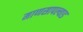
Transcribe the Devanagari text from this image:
माणसापल्याड